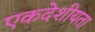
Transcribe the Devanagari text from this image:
एकदेशीयता